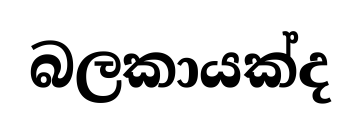
බලකායක්ද